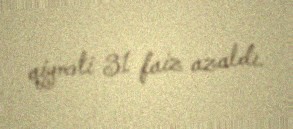
qiyməti 31 faiz azaldı.